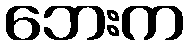
ဘေးက